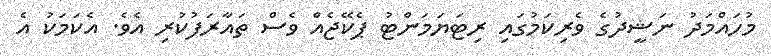
މުހައްމަދު ނަޝީދުގެ ވެރިކަމުގައި ރިޓަޔަމަންޓު ޕެކޭޖެއް ވެސް ތައާރަފުކުރި އެވެ. އެކަމަކު އެ